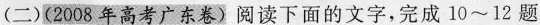
（二）（2008年高考广东卷）阅读下面的文字，完成10~12题